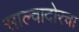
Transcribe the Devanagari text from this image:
साल्वादोरचा